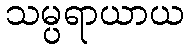
သမ္ပရာယာယ